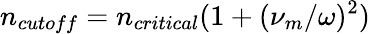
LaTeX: n_{cutoff}=n_{critical}(1+(\nu_{m}/\omega)^{2})